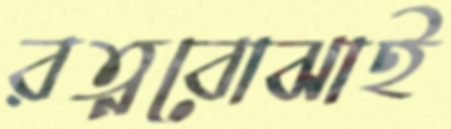
রত্নবোঝাই